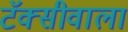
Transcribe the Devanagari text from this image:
टॅक्सीवाला